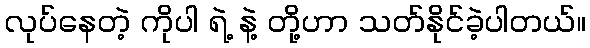
လုပ်နေတဲ့ ကိုပါ ရဲ့ နဲ့ တို့ဟာ သတ်နိုင်ခဲ့ပါတယ်။